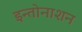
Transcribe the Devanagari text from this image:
इन्तोनाशन